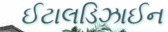
ઈટાલડિઝાઈન